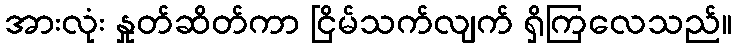
အားလုံး နှုတ်ဆိတ်ကာ ငြိမ်သက်လျက် ရှိကြလေသည်။